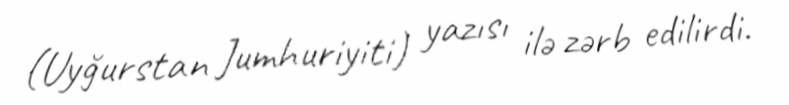
(Uyğurstan Jumhuriyiti) yazısı ilə zərb edilirdi.